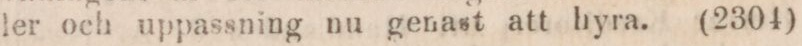
ler och uppassning nu genast att hyra.     (2304)